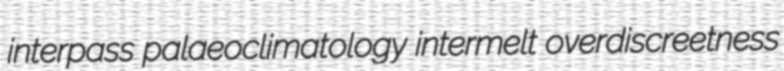
interpass palaeoclimatology intermelt overdiscreetness